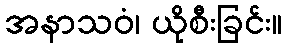
အနာသဝံ၊ ယိုစီးခြင်း။